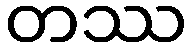
တဿ